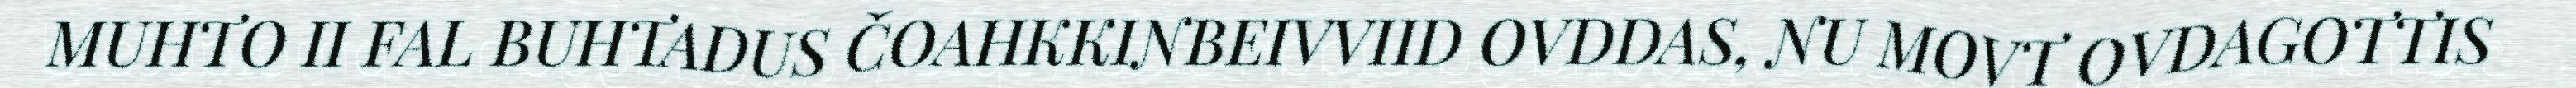
MUHTO II FAL BUHTADUS ČOAHKKINBEIVVIID OVDDAS, NU MOVT OVDAGOTTIS